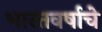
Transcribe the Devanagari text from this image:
भारतवर्षाचे